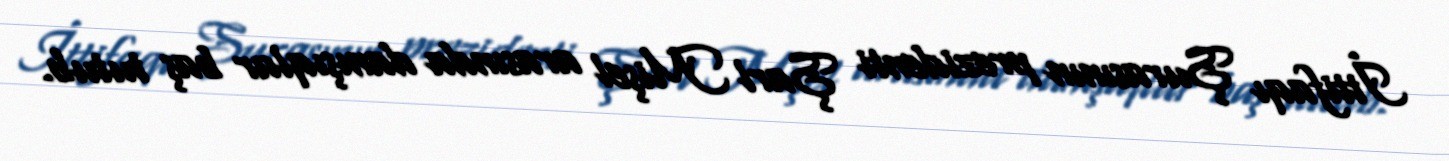
İttifaqı Şurasının prezidenti Şarl Mişel arasında danışıqlar baş tutub.